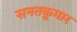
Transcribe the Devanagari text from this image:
सनतकूमार